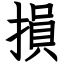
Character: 損